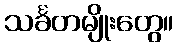
သင်္ခတမျိုးတွေ။